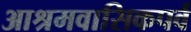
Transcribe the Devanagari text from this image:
आश्रमवासिकपर्व